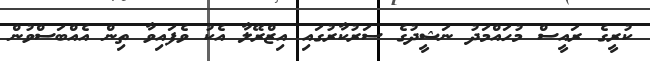
ކުރީގެ ރައީސް މުހައްމަދު ނަޝީދުގެ ސަރުކާރުގައި އިޒްރޭލާ އެކު ވެފައިވާ ތިން އެއްބަސްވުން